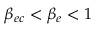
\beta _ { e c } < \beta _ { e } < 1